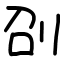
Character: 刟